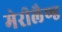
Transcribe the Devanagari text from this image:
मेरीलैण्ड